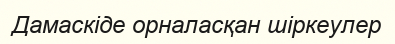
Дамаскіде орналасқан шіркеулер